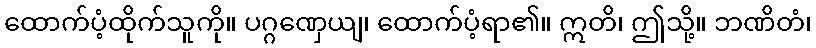
ထောက်ပံ့ထိုက်သူကို။ ပဂ္ဂဏှေယျ၊ ထောက်ပံ့ရာ၏။ ဣတိ၊ ဤသို့။ ဘဏိတံ၊